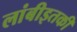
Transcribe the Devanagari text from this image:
लांबीइतकी